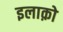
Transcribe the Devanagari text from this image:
इलाक़ो